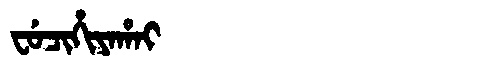
Manchu: ᠸᡠᠴᡳᡥᡳᠶᠠᡥᠠᡳ
Romanization: FUCIHIYAHAI